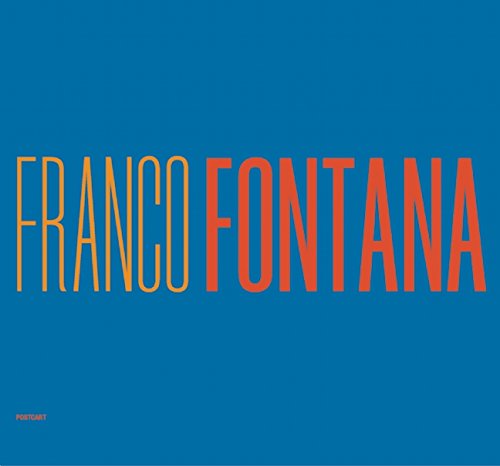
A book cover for Franco Fontana: A Life Of Photos; Arts & Photography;